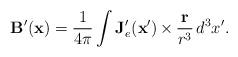
LaTeX: \begin{align*}\mathbf{B}^{\prime}(\mathbf{x}) =\frac{1}{4\pi}\int\mathbf{J}_e^{\prime} (\mathbf{x}')\,{\bf\times}\,\frac{\mathbf{r}}{r^3}\,d^3x'.\end{align*}